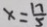
x = \frac { 1 7 } { 5 }